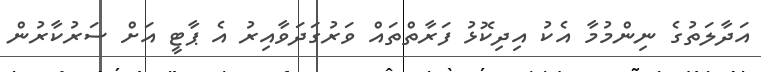
އަދާލަތުގެ ނިންމުމާ އެކު އިދިކޮޅު ފަރާތްތައް ވަރުގަދަވާއިރު އެ ޕާޓީ އަށް ސަރުކާރުން